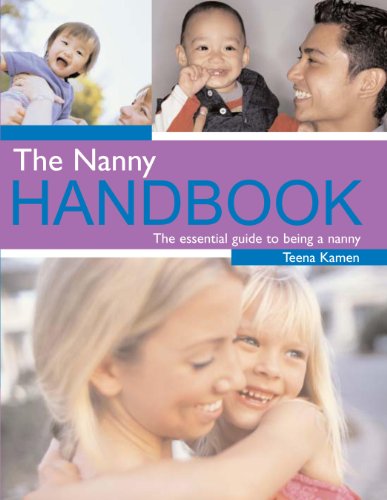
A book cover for The Nanny Handbook: The Essential Guide to Being a Nanny; Teena Kamen; Parenting & Relationships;